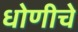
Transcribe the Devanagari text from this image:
धोणीचे